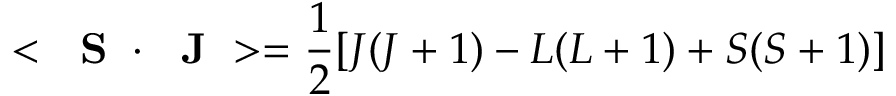
< \mathrm { ~ \bf ~ S ~ } \cdot \mathrm { ~ \bf ~ J ~ } > = \frac { 1 } { 2 } [ J ( J + 1 ) - L ( L + 1 ) + S ( S + 1 ) ] \;